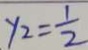
y _ { 2 } = \frac { 1 } { 2 }